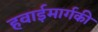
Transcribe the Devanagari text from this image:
हवाईमार्गकी